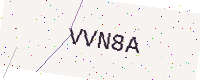
Text: VVN8A